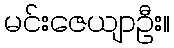
မင်းဇေယျာဦး။